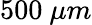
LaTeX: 500\ \mu m